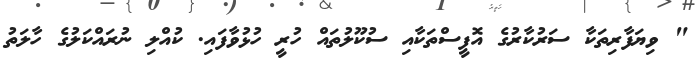
" ވިޔަފާރިތަކާ ސަރުކާރުގެ އޮފީސްތަކާއި ސުކޫލުތައް ހުރީ ހުޅުވާފައި. ކުއްލި ނުރައްކަލުގެ ހާލަތު